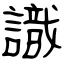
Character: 識